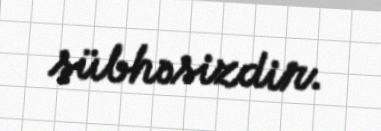
şübhəsizdir.